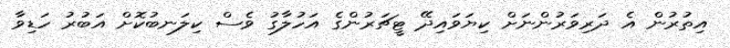
އިތުރުން އެ ދަރިވަރުންނަށް ކިޔަވައިދޭ ޓީޗަރުންގެ އަހުލާގު ވެސް ކިލަނބުކޮށް އަބުރު ހަޑިވާ